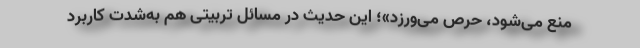
منع می‌شود، حرص می‌ورزد»؛ این حدیث در مسائل تربیتی هم به‌شدت کاربرد